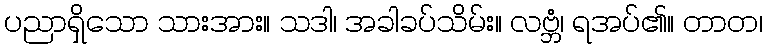
ပညာရှိသော သားအား။ သဒါ၊ အခါခပ်သိမ်း။ လဗ္ဘံ၊ ရအပ်၏။ တာတ၊